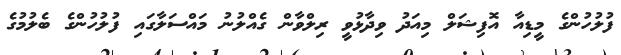
ފުލުހުންގެ މީޑިއާ އޮފިޝަލް މިއަދު ވިދާޅުވީ ރިލްވާން ގެއްލުނު މައްސަލާގައި ފުލުހުންގެ ބެލުމުގެ